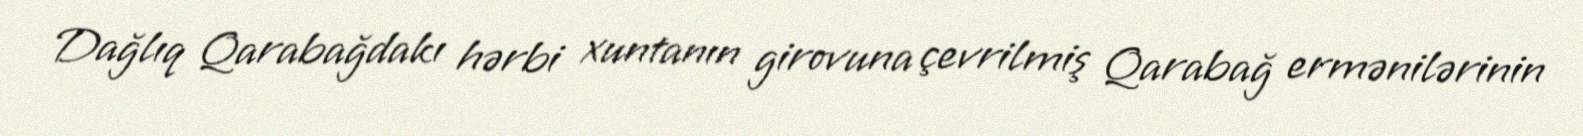
Dağlıq Qarabağdakı hərbi xuntanın girovuna çevrilmiş Qarabağ ermənilərinin